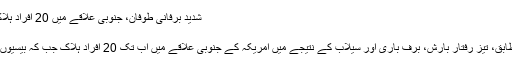
شدید برفانی طوفان، جنوبی علاقے میں 20 افراد ہلاک، بیسیوں زخمی
مسی سیپی
اہل کاروں کے مطابق، تیز رفتار بارش، برف باری اور سیلاب کے نتیجے میں امریکہ کے جنوبی علاقے میں اب تک 20 افراد ہلاک جب کہ بیسیوں زخمی ہوئے ہیں۔